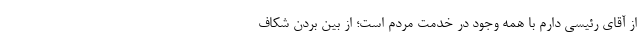
از آقای رئیسی دارم با همه وجود در خدمت مردم است؛ از بین بردن شکاف